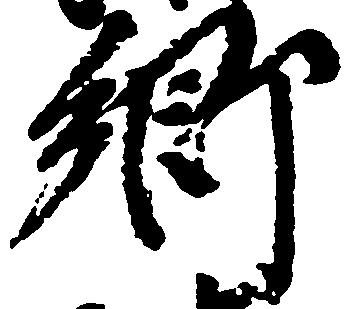
郷